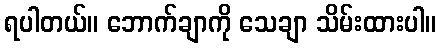
ရပါတယ်။ ဘောက်ချာကို သေချာ သိမ်းထားပါ။